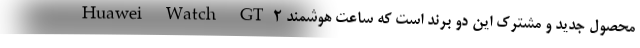
Huawei Watch GT2 محصول جدید و مشترک این دو برند است که ساعت هوشمند